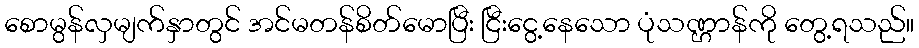
စောမွန်လှမျက်နှာတွင် အင်မတန်စိတ်မောပြီး ငြီးငွေ့နေသော ပုံသဏ္ဌာန်ကို တွေ့ရသည်။